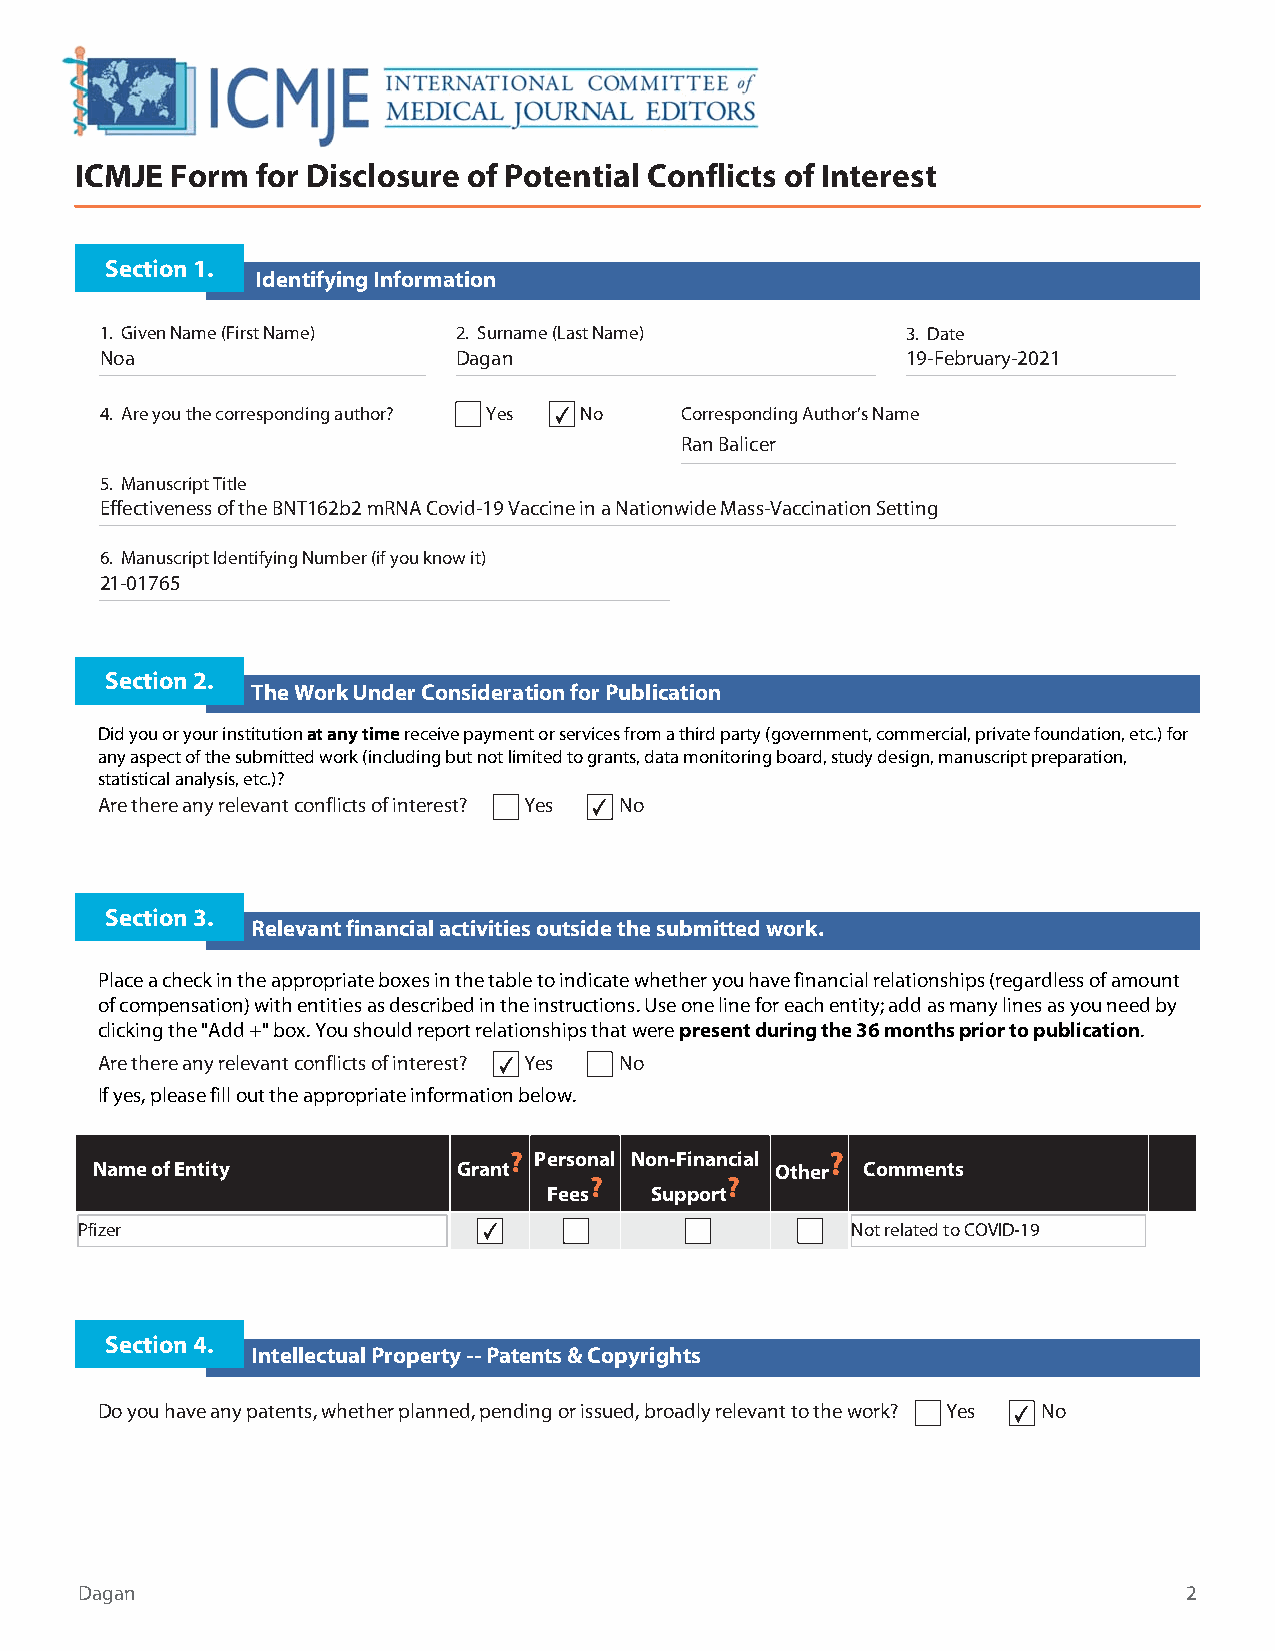
ICMJE Form  for Disclosure of Potential Conflicts of Interest
 Section 1.
 Identifying Information
 1. Given Name (First Name) 2. Surname (Last Name)    3. Date
 Noa                    Dagan                         19-February-2021
 4. Are you the corresponding author? Yes ✔ No Corresponding Author’s Name
 Ran Balicer
 5. Manuscript Title
 Effectiveness of the BNT162b2 mRNA Covid-19 Vaccine in a Nationwide Mass-Vaccination Setting
 6. Manuscript Identifying Number (if you know it)
 21-01765
 Section 2.
 The Work Under Consideration for Publication
 Did you or your institution at any time receive payment or services from a third party (government, commercial, private foundation, etc.) for
 any aspect of the submitted work (including but not limited to grants, data monitoring board, study design, manuscript preparation,
 statistical analysis, etc.)?
 Are there any relevant conflicts of interest? Yes ✔ No
 Section 3.
 Relevant financial activities outside the submitted work.
 Place a check in the appropriate boxes in the table to indicate whether you have financial relationships (regardless of amount
 of compensation) with entities as described in the instructions. Use one line for each entity; add as many lines as you need by
 clicking the "Add +" box. You should report relationships that were present during the 36 months prior to publication.
 Are there any relevant conflicts of interest? ✔ Yes No
 If yes, please fill out the appropriate information below.
 ? Personal Non-Financial ?
 Name of Entity          Grant                Other Comments
 ?        ?
 Fees   Support
 Pfizer                     ✔                       Not related to COVID-19
 Section 4.
 Intellectual Property -- Patents & Copyrights
 Do you have any patents, whether planned, pending or issued, broadly relevant to the work? Yes ✔ No
 Dagan                                                                     2